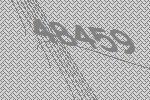
48459